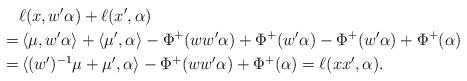
LaTeX: \begin{align*}&\ell(x,w'\alpha) + \ell(x',\alpha) \\=& \,\langle \mu,w'\alpha\rangle + \langle \mu',\alpha\rangle - \Phi^+(ww'\alpha) + \Phi^+(w'\alpha) - \Phi^+(w'\alpha) + \Phi^+(\alpha)\\=&\,\langle (w')^{-1}\mu + \mu',\alpha\rangle -\Phi^+(ww'\alpha) + \Phi^+(\alpha)=\ell(xx',\alpha).\end{align*}